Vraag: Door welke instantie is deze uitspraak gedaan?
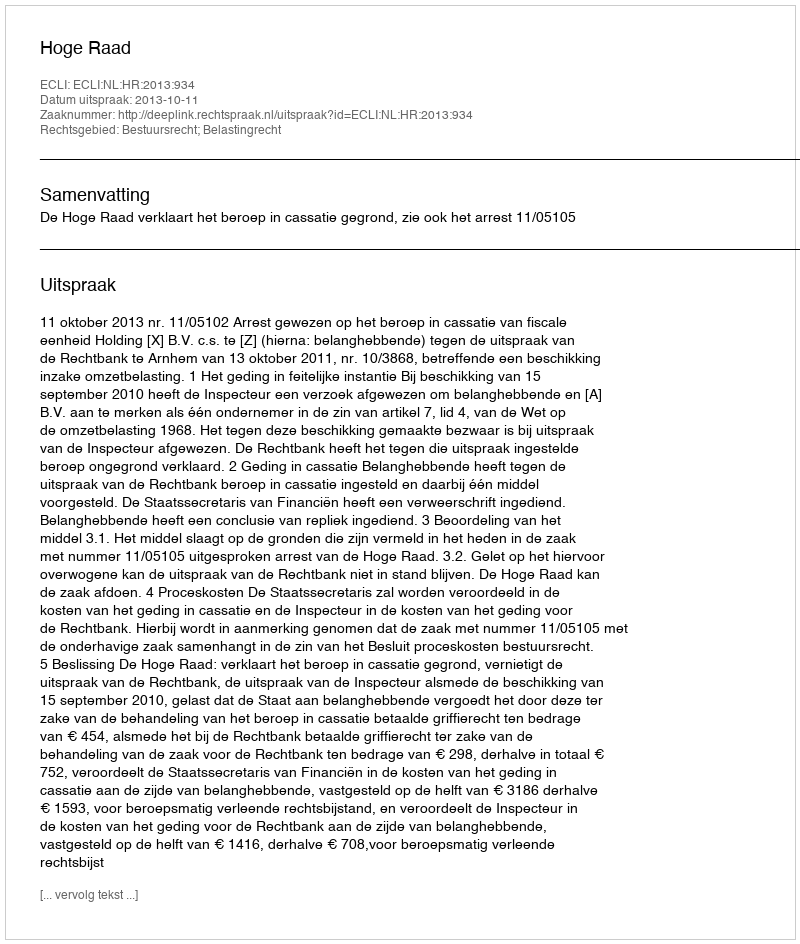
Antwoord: Hoge Raad